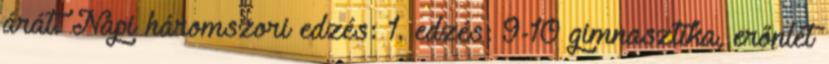
árát. Napi háromszori edzés: 1. edzés: 9-10 gimnasztika, erőnlét